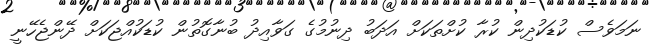
ނަމަވެސް ކުޑަކުދިން ކުރާ ކުށްތަކަށް އަދަބު ދިނުމުގެ ގަވާއިދު ބުނާގޮތުން ކުޑަކުއްޖަކަށް ދޭންޖެހޭނީ